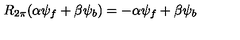
R _ { 2 \pi } ( { \alpha } { \psi } _ { f } + { \beta } { \psi } _ { b } ) = - { \alpha } { \psi } _ { f } + { \beta } { \psi } _ { b }